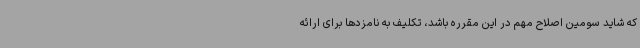
که شاید سومین اصلاح مهم در این مقرره باشد، تکلیف به نامزدها برای ارائه